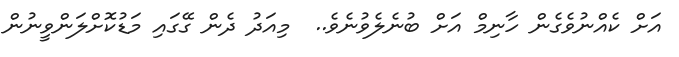
އަށް ކެއްނުވެގެން ހާނިމް އަށް ބުނެލެވުނެވެ..  މިއަދު ދެން ގޭގައި މަޑުކޮށްލަންވީނުން